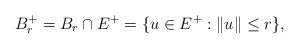
\begin{align*}B_r^+=B_r\cap E^+=\{u\in E^+:\|u\|\leq r\},\end{align*}